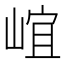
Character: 𡹠